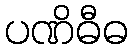
ပဏိဓီဓ